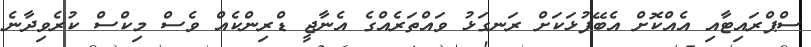
ސްޕްރައިޓާއި އެއްކޮށް އެބޭފުޅަކަށް ރަނގަޅު ވައްތަރެއްގެ އެނާޖީ ޑްރިންކެއް ވެސް މިކްސް ކުރެވިދާނެ